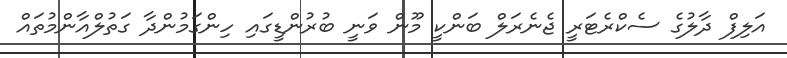
އަލިފް ދާލުގެ ސެކްރެޓަރީ ޖެނެރަލް ބަންކީ މޫން ވަނީ ބުރުންޑީގައި ހިންގަމުންދާ ގަތުލްއާންމުތައް